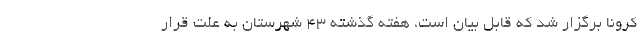
کرونا برگزار شد که قابل بیان است، هفته گذشته ۴۳ شهرستان به علت قرار